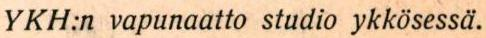
YKH:n vapunaatto studio ykkösessä.